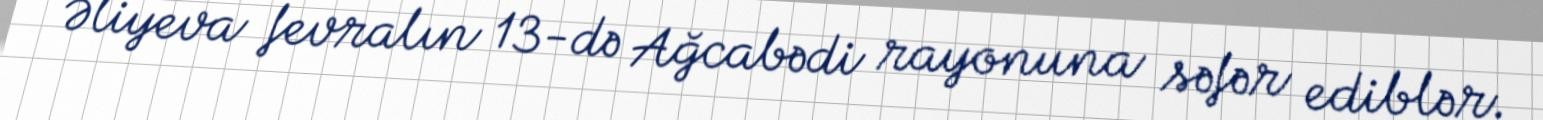
Əliyeva fevralın 13-də Ağcabədi rayonuna səfər ediblər.